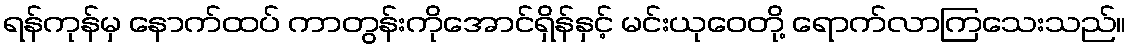
ရန်ကုန်မှ နောက်ထပ် ကာတွန်းကိုအောင်ရှိန်နှင့် မင်းယုဝေတို့ ရောက်လာကြသေးသည်။